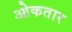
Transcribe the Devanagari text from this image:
ओकतार